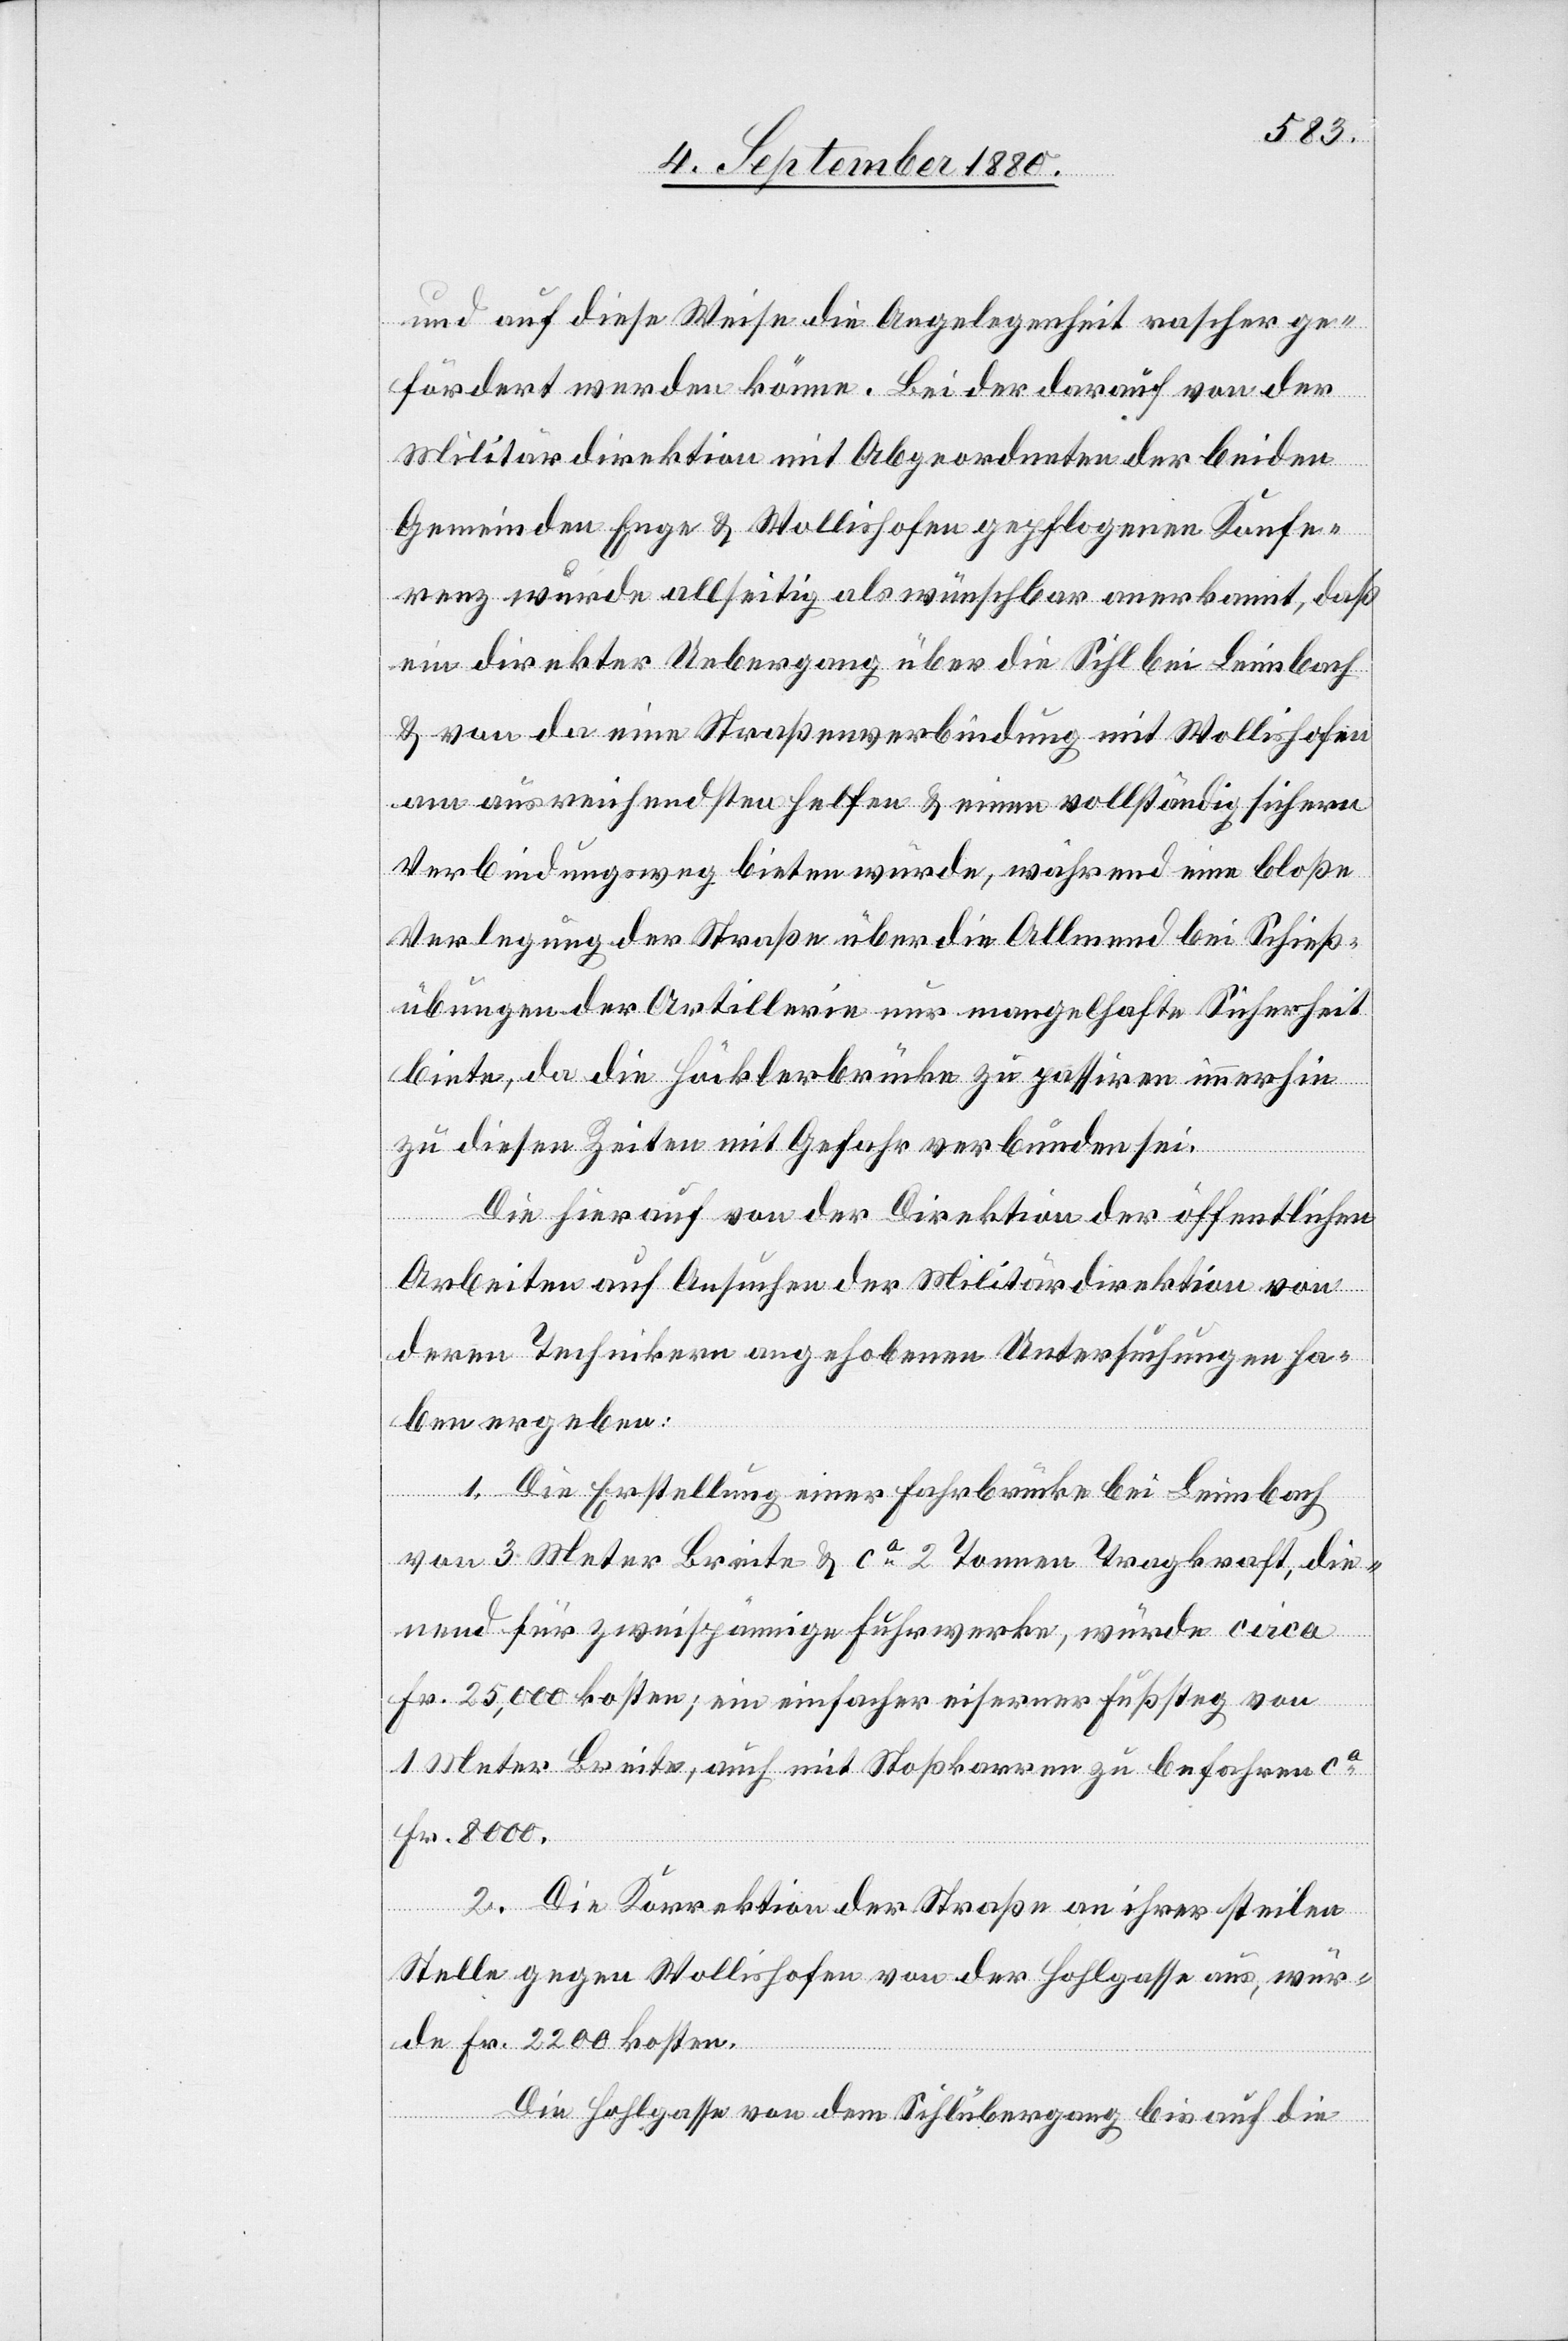
und auf diese Weise die Angelegenheit rascher ge¬
fördert werden könne. Bei der darauf von der
Militärdirektion mit Abgeordneten der beiden
Gemeinden Enge & Wollishofen gepflogenen Konfe¬
renz wurde allseitig als wünschbar anerkannt, daß
ein direkter Uebergang über die Sihl bei Leimbach
& von da eine Straßenverbindung mit Wollishofen
am ausreichendsten helfen & einen vollständigen sichern
Verbindungsweg bieten würde, während eine bloße
Verlegung der Straße über die Allmend bei Schieß¬
übungen der Artillerie nur mangelhafte Sicherheit
biete, da die Höcklerbrücke zu passiren immerhin
zu diesen Zeiten mit Gefahr verbunden sei.
Die hierauf von der Direktion der öffentlichen
Arbeiten auf Aufsuchen der Militärdirektion von
deren Techniken angehobenen Untersuchungen ha¬
ben ergeben:
1. Die Erstellung einer Fahrbrücke bei Leimbach
von 3 Meter Breite & ca 2 Tonnen Tragkraft, die¬
nend für zweispännige Fuhrwerke, würde circa
Fr. 25,000 kosten; ein einfachen eiserner Fußsteg von
1 Meter Breite, auch mit Stoßkarren zu befahren ca
Fr. 8000.
2. Die Korrektion der Straße an ihrer steilen
Stelle gegen Wollishofen von der Hohlgasse aus, wür¬
de Fr. 2200 kosten.
Die Hohlgasse von dem Sihlübergang bis auf die